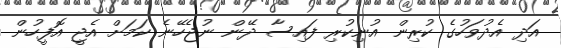
އަދި އެދުވަހުގެ ކުރިން އުނިކުރި ފައިސާ ދޭން ނުޖެހޭނެ ކަމަށް އެޖީ އޮފީހުން